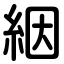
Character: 絪